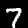
Label: 7